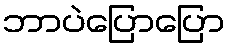
ဘာပဲပြောပြော